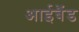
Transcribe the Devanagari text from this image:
आईबैंड